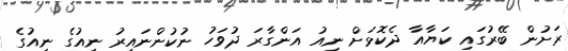
ރަށުން ބޭރުގައި ކަޔާއާ ދެކޮޅަށް ނިއު އަންގާރަ ދުވަހު ނުކުންނައިރު ނިއުގެ ނިއުގެ